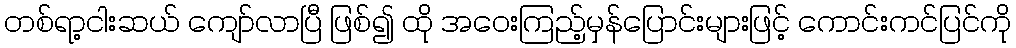
တစ်ရာ့ငါးဆယ် ကျော်လာပြီ ဖြစ်၍ ထို အဝေးကြည့်မှန်ပြောင်းများဖြင့် ကောင်းကင်ပြင်ကို